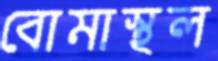
বোমাস্থল